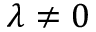
\lambda \neq 0